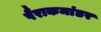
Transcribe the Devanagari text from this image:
पैराकमांडर